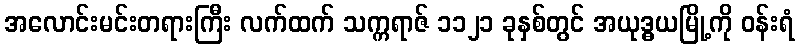
အလောင်းမင်းတရားကြီး လက်ထက် သက္ကရာဇ် ၁၁၂၁ ခုနှစ်တွင် အယုဒ္ဓယမြို့ကို ဝန်းရံ